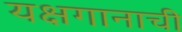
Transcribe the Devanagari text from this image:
यक्षगानाची